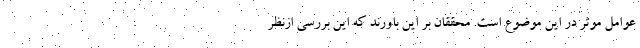
عوامل موثر در این موضوع است. محققان بر این باورند که این بررسی ازنظر